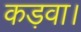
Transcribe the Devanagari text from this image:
कड़वा।